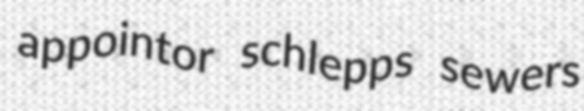
appointor schlepps sewers